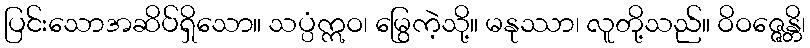
ပြင်းသောအဆိပ်ရှိသော။ သပ္ပံဣဝ၊ မြွေကဲ့သို့။ မနုဿာ၊ လူတို့သည်။ ဝိဝဇ္ဇေန္တိ၊